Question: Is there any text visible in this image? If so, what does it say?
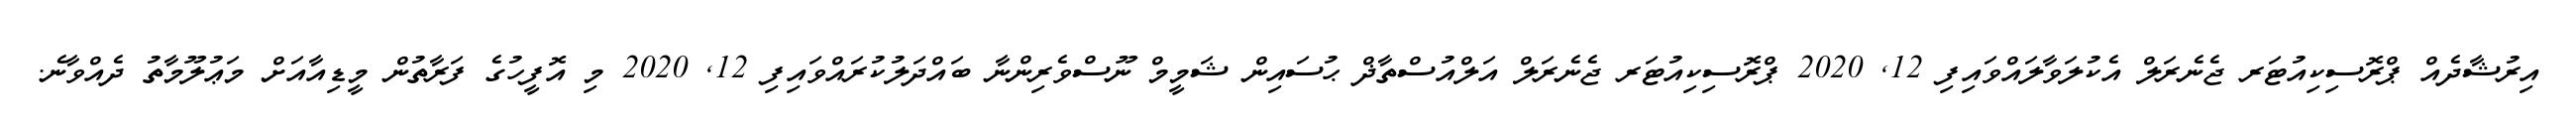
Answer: އިރުޝާދެއް ޕްރޮސިކިއުޓަރ ޖެނެރަލް އެކުލަވާލައްވައިފި 12, 2020 ޕްރޮސިކިއުޓަރ ޖެނެރަލް އަލްއުސްތާޛް ޙުސައިން ޝަމީމް ނޫސްވެރިންނާ ބައްދަލުކުރައްވައިފި 12, 2020 މި އޮފީހުގެ ފަރާތުން މީޑިއާއަށް މަޢުލޫމާތު ދެއްވާނެ.